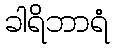
ခါရိဘာရံ